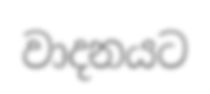
වාදනයට